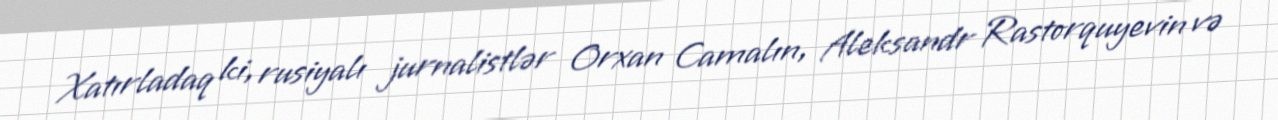
Xatırladaq ki, rusiyalı jurnalistlər Orxan Camalın, Aleksandr Rastorquyevin və